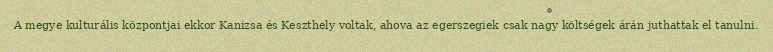
A megye kulturális központjai ekkor Kanizsa és Keszthely voltak, ahova az egerszegiek csak nagy költségek árán juthattak el tanulni.